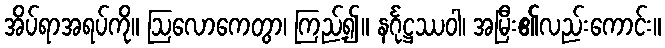
အိပ်ရာအရပ်ကို။ ဩလောကေတွာ၊ ကြည့်၍။ နင်္ဂုဋ္ဌဿဝါ၊ အမြီး၏လည်းကောင်း။